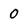
Character: 0